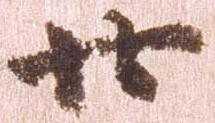
廿